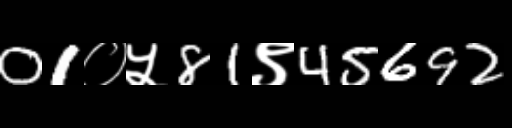
Text: 01०५81९45692